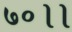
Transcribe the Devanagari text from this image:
७०।।